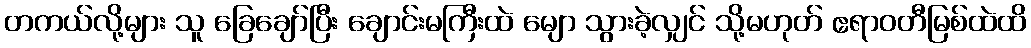
တကယ်လို့များ သူ ခြေချော်ပြီး ချောင်းမကြီးထဲ မျော သွားခဲ့လျှင် သို့မဟုတ် ဧရာဝတီမြစ်ထဲထိ